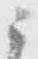
ニ